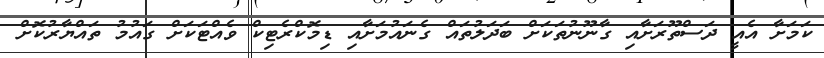
ކަމަށާ އެއީ ދަސްތޫރަށާއި ގާނޫނުތަކަށް ބަދަލުތައް ގެނައުމަށާއި ޑިމޮކްރެޓިކް ވެއްޓަކަށް ގައުމު ތައްޔާރުކޮށް